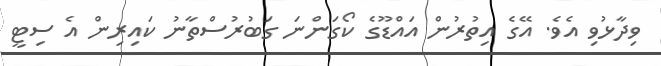
ވިދާޅުވި އެވެ. އޭގެ އިތުރުން އައްޑޫގެ ކޯގަންނަ ގަބުރުސްތާނު ކައިރިން އެ ސިޓީ